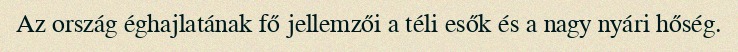
Az ország éghajlatának fő jellemzői a téli esők és a nagy nyári hőség.